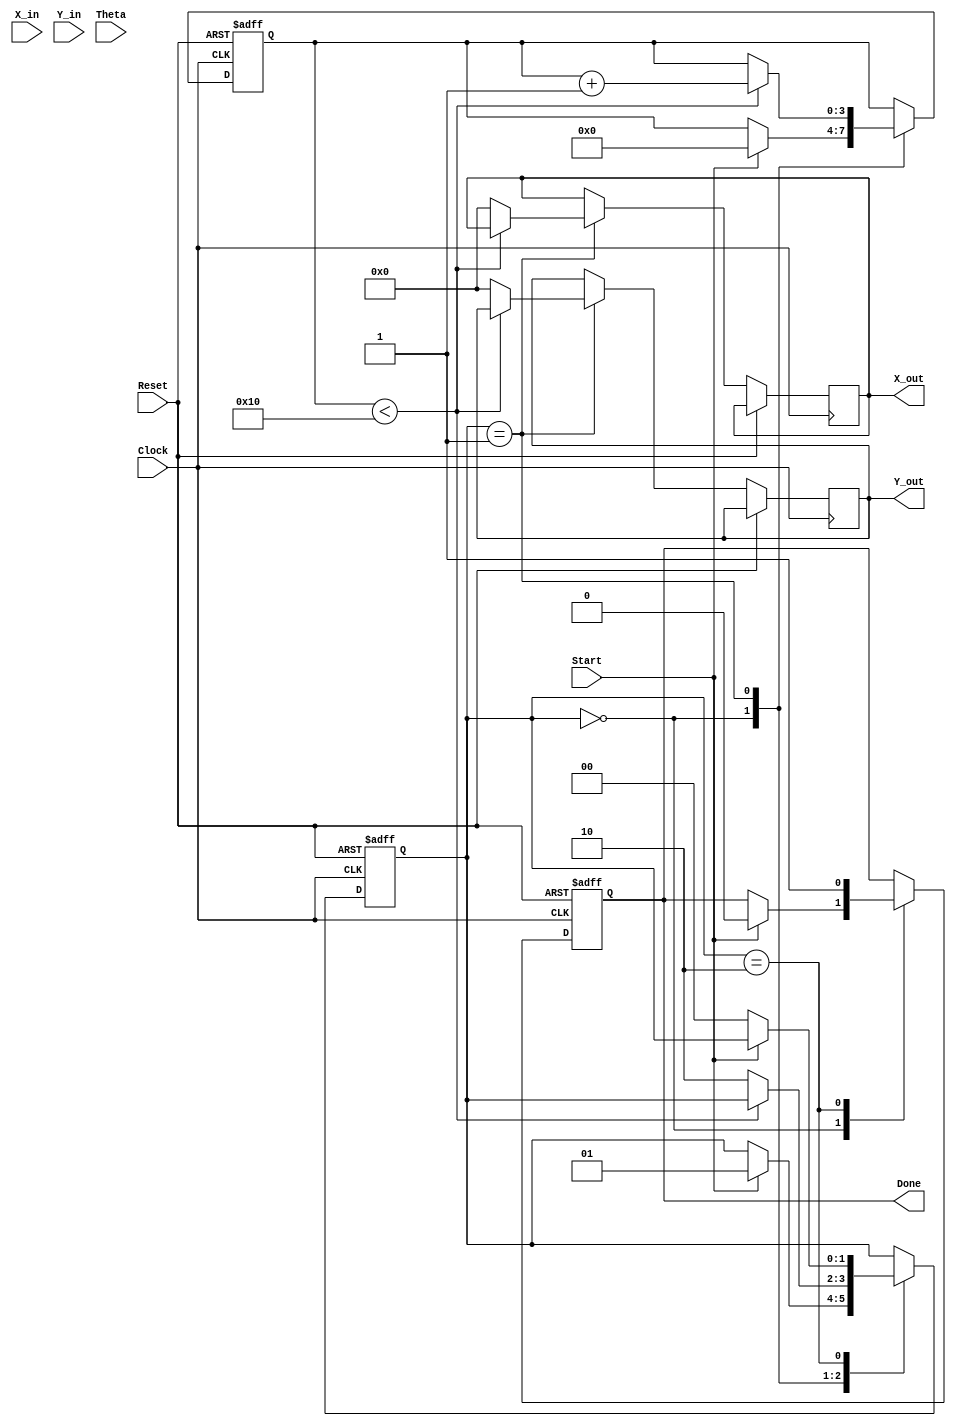
module complex_cordic (
    input wire signed [15:0] X_in,      // Real part of input
    input wire signed [15:0] Y_in,      // Imaginary part of input
    input wire signed [15:0] Theta,     // Angle of rotation
    input wire Start,                   // Start signal
    input wire Reset,                   // Reset signal
    input wire Clock,                   // Clock signal
    output reg signed [15:0] X_out,     // Real part of output
    output reg signed [15:0] Y_out,     // Imaginary part of output
    output reg Done                     // Completion signal
);

    // Parameters
    parameter NUM_ITERATIONS = 16;     // Number of iterations for precision
    parameter FIXED_SCALE = 16'h26DD;   // Scaling factor (approx. 0.607)

    // Internal signals
    reg signed [15:0] X, Y;
    reg signed [15:0] angle [0:NUM_ITERATIONS-1]; // Angle lookup table
    reg [3:0] iteration;                    // Iteration counter
    reg [1:0] state;                        // State machine
    localparam IDLE = 2'b00, RUN = 2'b01, DONE = 2'b10;

    // Initialize angle lookup table
    initial begin
        angle[0] = 16'h0000; // atan(2^0)
        angle[1] = 16'h26DB; // atan(2^-1)
        angle[2] = 16'h1A62; // atan(2^-2)
        angle[3] = 16'h0FC9; // atan(2^-3)
        angle[4] = 16'h07E4; // atan(2^-4)
        angle[5] = 16'h03E8; // atan(2^-5)
        angle[6] = 16'h01FB; // atan(2^-6)
        angle[7] = 16'h00FF; // atan(2^-7)
        angle[8] = 16'h007F; // atan(2^-8)
        angle[9] = 16'h003F; // atan(2^-9)
        angle[10] = 16'h001F; // atan(2^-10)
        angle[11] = 16'h000F; // atan(2^-11)
        angle[12] = 16'h0007; // atan(2^-12)
        angle[13] = 16'h0003; // atan(2^-13)
        angle[14] = 16'h0001; // atan(2^-14)
        angle[15] = 16'h0000; // atan(2^-15)
    end

    // State machine and iteration process
    always @(posedge Clock or posedge Reset) begin
        if (Reset) begin
            X <= 0;
            Y <= 0;
            iteration <= 0;
            state <= IDLE;
            Done <= 0;
        end else begin
            case (state)
                IDLE: begin
                    if (Start) begin
                        X <= X_in;
                        Y <= Y_in;
                        iteration <= 0;
                        state <= RUN;
                        Done <= 0;
                    end
                end

                RUN: begin
                    if (iteration < NUM_ITERATIONS) begin
                        if (Theta < 0) begin
                            // Rotate clockwise
                            X <= X + (Y >>> iteration);
                            Y <= Y - (X >>> iteration);
                            Theta <= Theta + angle[iteration];
                        end else begin
                            // Rotate counter-clockwise
                            X <= X - (Y >>> iteration);
                            Y <= Y + (X >>> iteration);
                            Theta <= Theta - angle[iteration];
                        end
                        iteration <= iteration + 1;
                    end else begin
                        // Scaling output
                        X_out <= X * FIXED_SCALE >>> 16; // Scale the output
                        Y_out <= Y * FIXED_SCALE >>> 16; // Scale the output
                        state <= DONE;
                    end
                end

                DONE: begin
                    Done <= 1; // Signal that the operation is complete
                    if (!Start) begin
                        state <= IDLE; // Return to idle state
                    end
                end
            endcase
        end
    end
endmodule